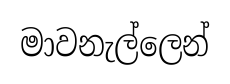
මාවනැල්ලෙන්